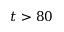
t > 8 0